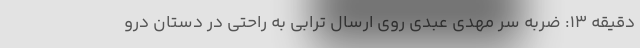
دقیقه 13: ضربه سر مهدی عبدی روی ارسال ترابی به راحتی در دستان درو